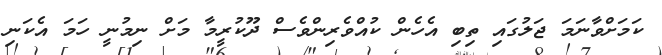
ކަމަށްވާނަމަ ޖަލުގައި ތިބި އެހެން ކުއްވެރިންވެސް ދޫކުރީމާ މަށް ނިމުނީ ހަމަ އެކަނި